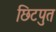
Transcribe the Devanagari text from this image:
छिटपुत